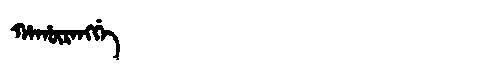
Manchu: ᡥᠠᡥᡡᡵᠠᠩᡤᡝ
Romanization: HAHŪRANGGE